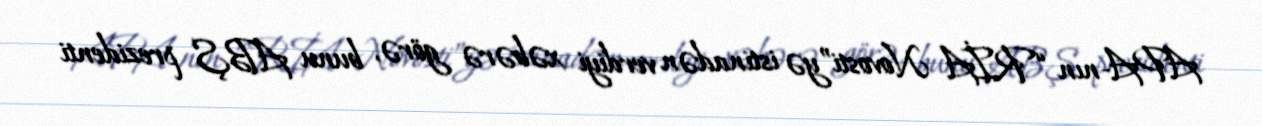
APA-nın “RİA Novosti”yə istinadən verdiyi xəbərə görə, bunu ABŞ prezidenti